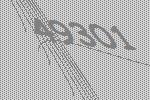
49301